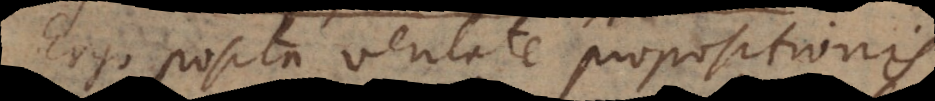
Ergo posita veritate propositionis